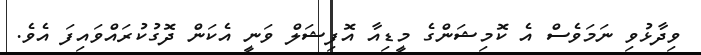
ވިދާޅުވި ނަމަވެސް އެ ކޮމިޝަންގެ މީޑިއާ އޮފިޝަލް ވަނީ އެކަން ދޮގުކުރައްވައިފަ އެވެ.